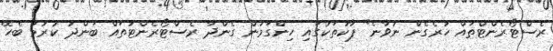
ރެސްޓޯރެންޓްތައް ހުރެގެން ނުވާނެ" ޕާކުތަކުގައި ހިންގަމުން ގެންދާ ރެސްޓޯރެންޓުތައް ބަންދު ކުރުމާ ބެހޭ